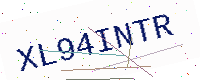
Text: XL94INTR